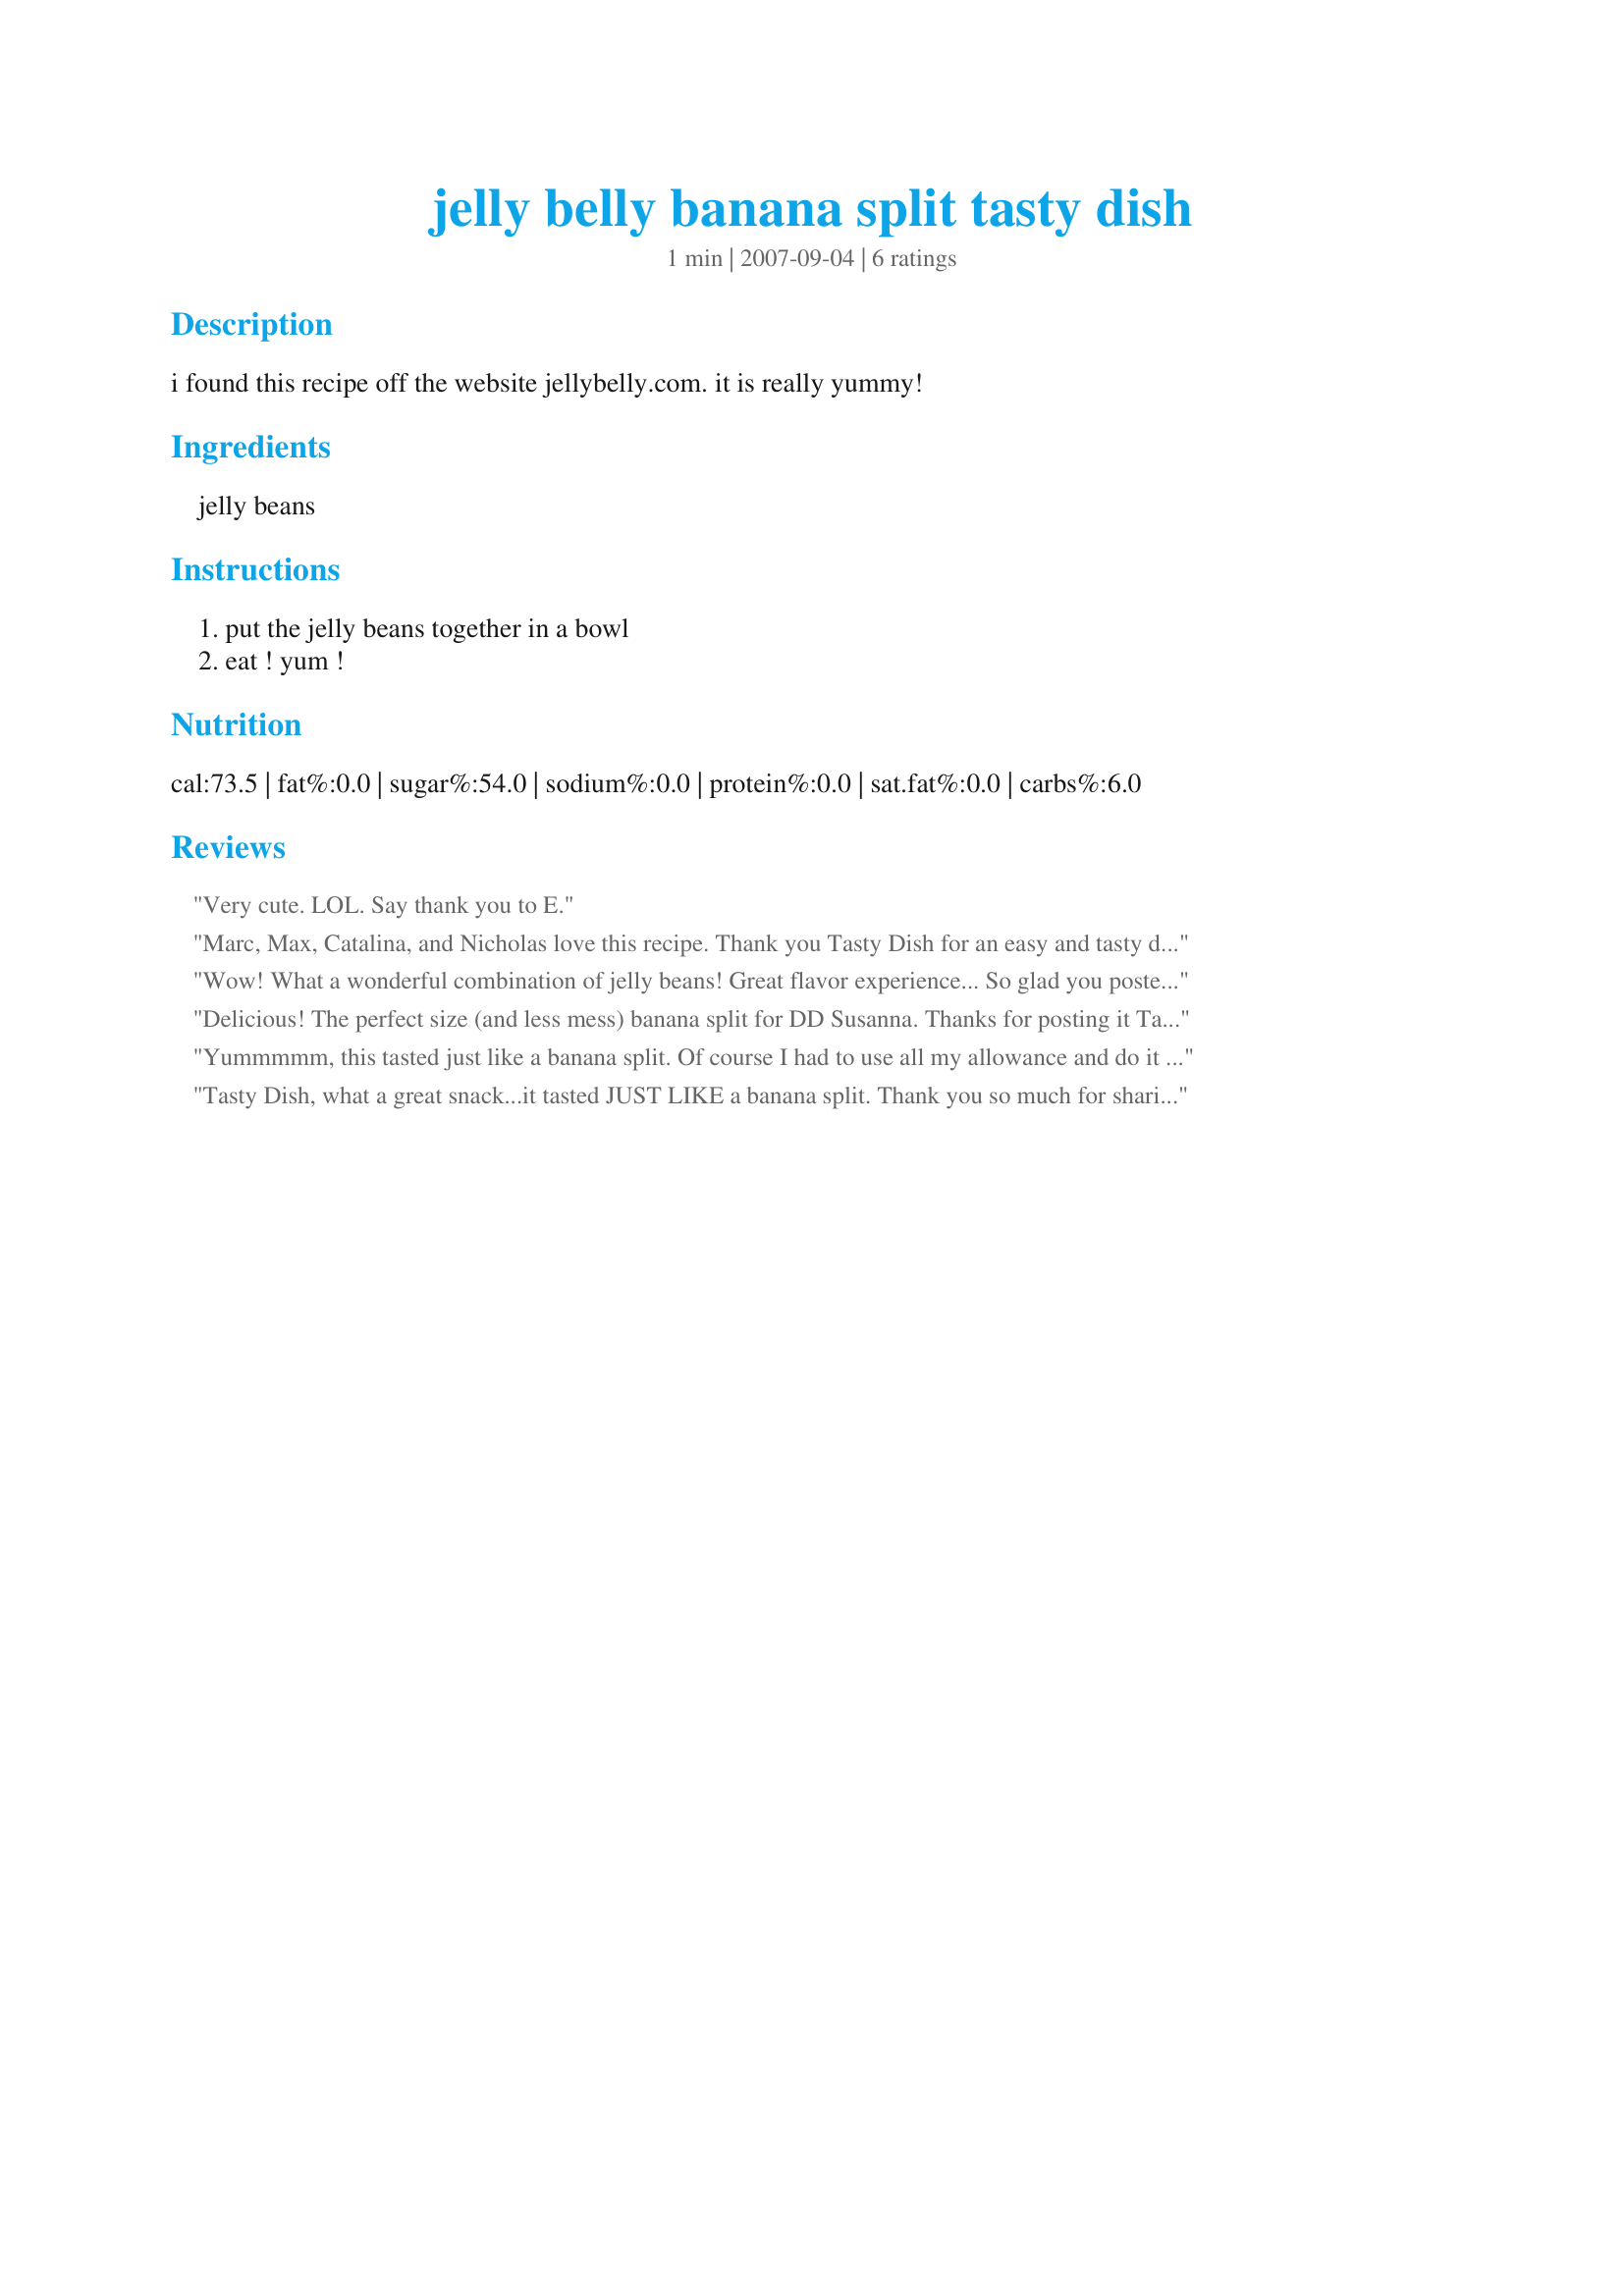
jelly belly banana split tasty dish
Preparation time: 1 minutes

i found this recipe off the website jellybelly.com. it is really yummy!

Ingredients:
jelly beans

Steps:
put the jelly beans together in a bowl, eat ! yum !

Reviews:
Very cute. LOL. Say thank you to E.
Marc, Max, Catalina, and Nicholas love this recipe. Thank you Tasty Dish for an easy and tasty dish! LOL.
Wow! What a wonderful combination of jelly beans! Great flavor experience... So glad you posted, Miss Tasty Dish! This will be a favorite recipe around here!
Delicious! The perfect size (and less mess) banana split for DD Susanna. Thanks for posting it Tasty Dish!
Yummmmm, this tasted just like a banana split. Of course I had to use all my allowance and do it by trial and error because all our Jelly Belly's are in our gumball machine. The first few tries I wound up with an eeeew because I couldn't tell which ones were the pineapple and wound up using mango or something yucky. But once I figured out which one was pineapple it was awesome.
Tasty Dish, what a great snack...it tasted JUST LIKE a banana split.

Thank you so much for sharing and I hope you post more of your recipes very soon!
